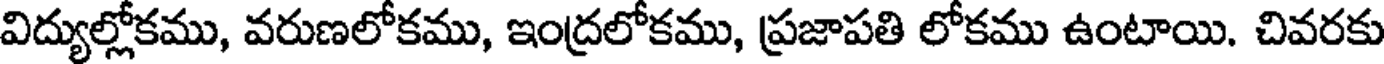
విద్యుల్లోకము, వరుణలోకము, ఇంద్రలోకము, ప్రజాపతి లోకము ఉంటాయి. చివరకు